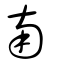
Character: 南